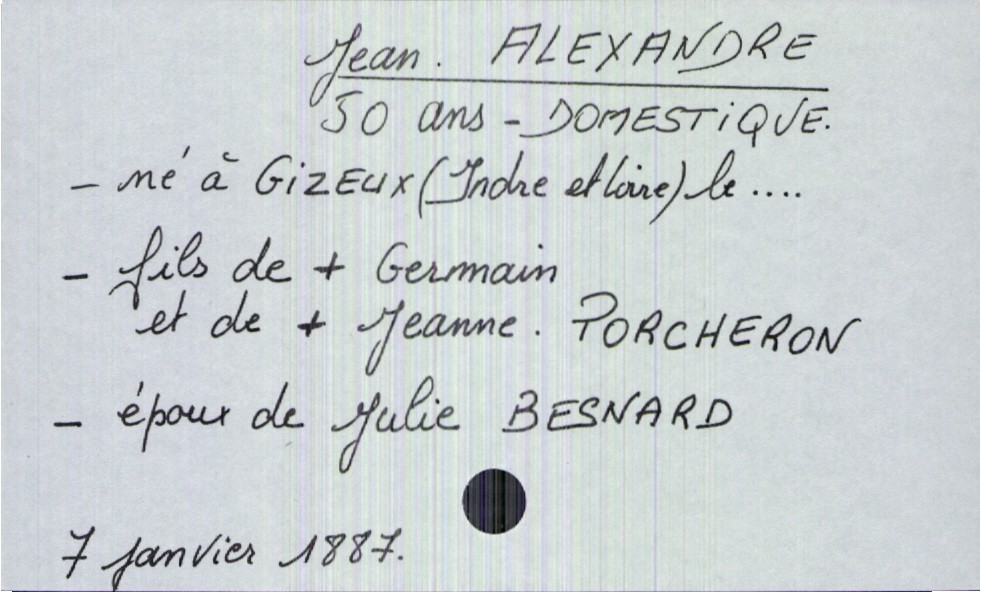
type_acte: Décès
année: 1887
mois: janvier
jour: 7
défunt_nom: Alexandre
défunt_prénom: Jean
défunt_sexe: H
défunt_âge: 50 ans
défunt_profession: domestique
défunt_lieu_de_naissance: Gizeux (Indre et Loire)
défunt_statut: marié(e)
père_défunt_nom: Alexandre
père_défunt_prénom: Germain
père_défunt_statut: décédé
mère_défunt_nom: Porcheron
mère_défunt_prénom: Jeanne
mère_défunt_statut: décédée